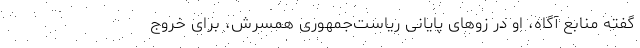
گفته منابع آگاه، او در زوهای پایانی ریاست‌جمهوری همسرش، برای خروج